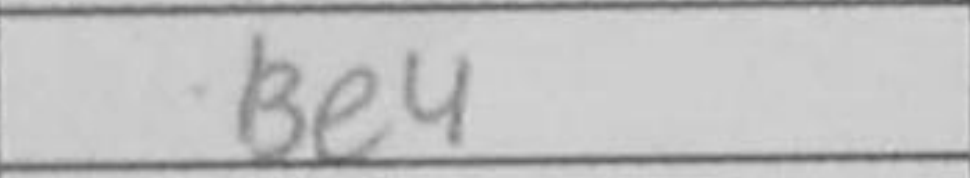
Transcription: Be4